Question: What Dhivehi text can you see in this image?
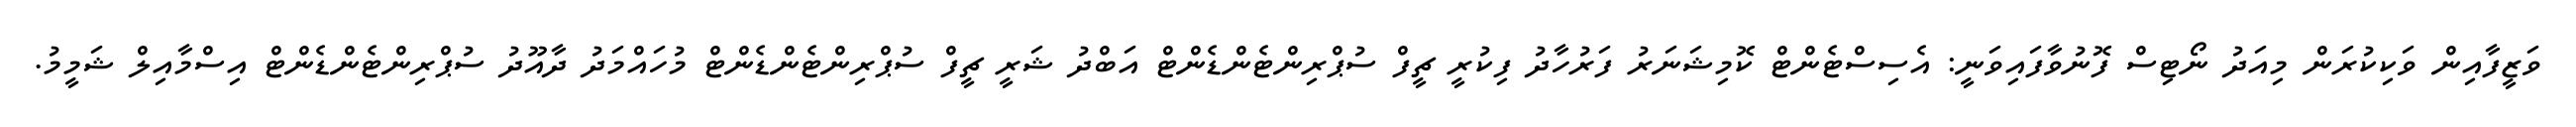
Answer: ވަޒީފާއިން ވަކިކުރަން މިއަދު ނޯޓިސް ފޮނުވާފައިވަނީ: އެސިސްޓެންޓް ކޮމިޝަނަރު ފަރުހާދު ފިކުރީ ޗީފް ސުޕްރިންޓެންޑެންޓް އަބްދު ޝަރީ ޗީފް ސުޕްރިންޓެންޑެންޓް މުހައްމަދު ދާއޫދު ސުޕްރިންޓެންޑެންޓް އިސްމާއިލް ޝަމީމު.